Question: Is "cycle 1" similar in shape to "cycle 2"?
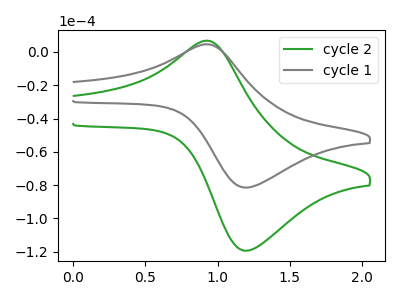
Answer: <think>The green curve "cycle 2" has an anodic peak at (0.90V, 6.70uA) and a cathodic peak at (1.20V, -119.35uA). The gray curve "cycle 1" has an anodic peak at (0.90V, 4.55uA) and a cathodic peak at (1.20V, -81.45uA).
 All the peaks in "cycle 1" have a peak in "cycle 2" at the same potential. Every peak in "cycle 1" is lower than every peak in "cycle 2".</think>
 <answer>"cycle 1" and "cycle 2" are similar in shape.</answer>
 <eval>same_shape</eval>